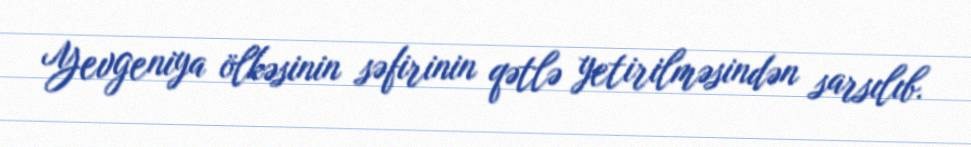
Yevgeniya ölkəsinin səfirinin qətlə yetirilməsindən sarsılıb.